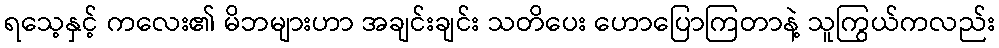
ရသေ့နှင့် ကလေး၏ မိဘများဟာ အချင်းချင်း သတိပေး ဟောပြောကြတာနဲ့ သူကြွယ်ကလည်း